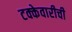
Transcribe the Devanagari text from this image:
टक्केवारीची